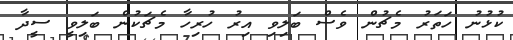
ކުޅުނު ހަތަރު މެޗުން ވެސް ބަލިވި އިރު ހުރިހާ މެޗަކުން ބަލިވީ ސީދާ